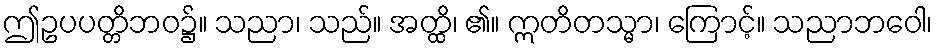
ဤဥပပတ္တိဘဝ၌။ သညာ၊ သည်။ အတ္ထိ၊ ၏။ ဣတိတသ္မာ၊ ကြောင့်။ သညာဘဝေါ၊